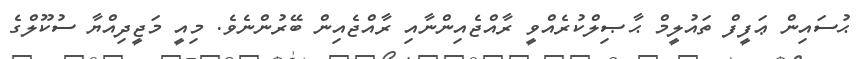
ޙުސައިން ޢަފީފް ތައުލީމް ޙާޞިލްކުރެއްވީ ރާއްޖެއިންނާއި ރާއްޖެއިން ބޭރުންނެވެ. މިއީ މަޖީދިއްޔާ ސުކޫލްގެ